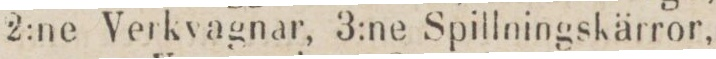
2:ne Verkvagnar, 3:ne Spillningskärror,